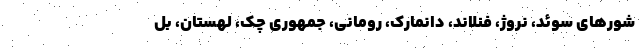
شورهای سوئد، نروژ، فنلاند، دانمارک، رومانی، جمهوری چک، لهستان، بل